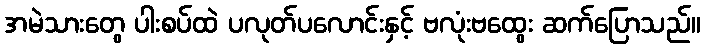
အမဲသားတွေ ပါးစပ်ထဲ ပလုတ်ပလောင်းနှင့် ဗလုံးဗထွေး ဆက်ပြောသည်။